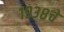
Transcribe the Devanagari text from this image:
१९३८चे